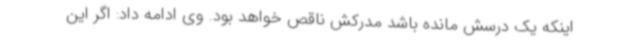
اینکه یک درسش مانده باشد مدرکش ناقص خواهد بود. وی ادامه داد: اگر این